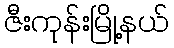
ဇီးကုန်းမြို့နယ်